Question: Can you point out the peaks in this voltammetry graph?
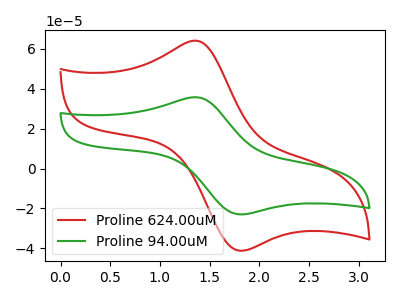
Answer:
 <answer>The red curve "Proline 624.00uM" has an anodic peak at (1.35V, 64.10uA) and a cathodic peak at (1.80V, -41.25uA). The green curve "Proline 94.00uM" has an anodic peak at (1.35V, 35.75uA) and a cathodic peak at (1.80V, -23.00uA).</answer>
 <eval></eval>